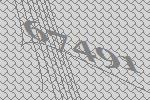
67491